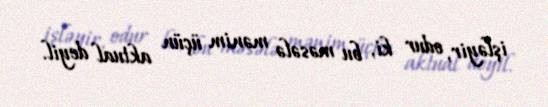
işləyir, odur ki, bu məsələ mənim üçün aktual deyil.